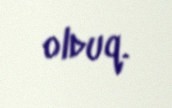
olduq.